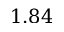
1 . 8 4